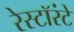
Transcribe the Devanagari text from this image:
रेस्टॉरंटे